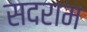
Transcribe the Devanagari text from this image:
सदराम